Annual report of lunatic asylums [Bombay] - 1912-1922
Year: 1912
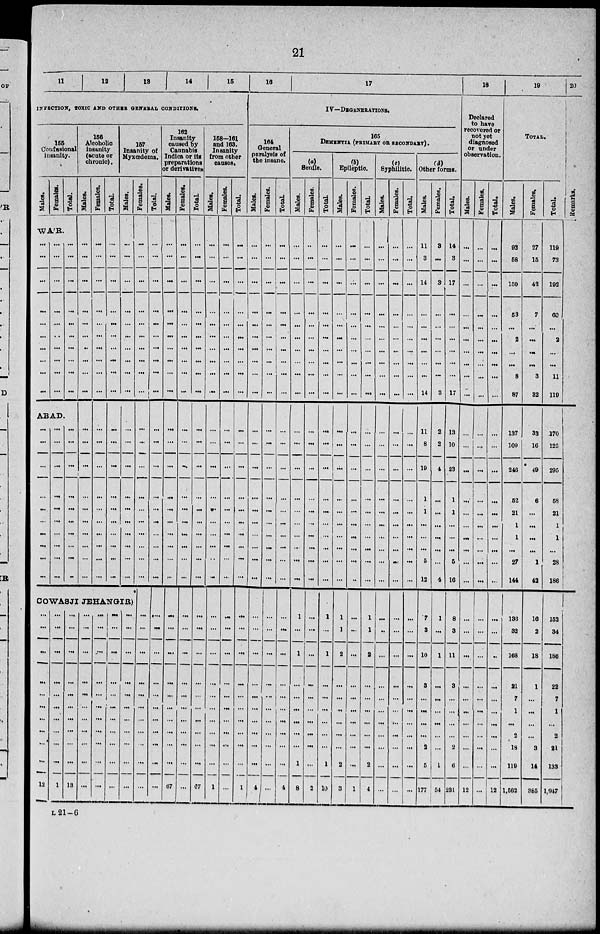
21
11
12
13
14
15
INFECTION, TOXIC AND OTHER GENERAL CONDITIONS.
155
Confusional
insanity.
Males.
Females.
Total.
WA'R.
...
...
...
...
...
...
...
...
...
...
...
...
...
...
...
...
...
...
...
...
...
...
...
...
...
...
...
...
...
...
ABAD.
...
...
...
...
...
...
...
...
...
...
...
...
...
...
...
...
...
...
...
...
...
...
...
...
...
...
...
...
...
...
156
Alcoholic
insanity
(acute or
chronic).
Males.
..
...
...
...
...
...
...
...
...
...
...
...
...
...
...
...
...
...
...
...
Females.
...
...
...
...
...
...
...
...
...
...
...
...
...
...
...
...
...
...
...
...
Total.
...
...
...
...
...
...
...
...
...
...
...
...
...
...
...
...
...
...
...
...
157
Insanity of
Myxœdema.
Males.
...
..
...
...
...
...
...
...
...
...
...
...
...
...
...
...
...
...
...
...
COWASJI JEHANGIR)
...
...
...
...
...
...
...
...
...
...
12
...
...
...
...
...
...
...
...
...
...
1
...
...
...
...
...
...
...
...
...
...
13
...
...
...
...
..
...
...
...
...
...
...
...
...
...
...
...
...
...
...
...
...
...
...
...
...
...
...
...
...
...
...
...
...
...
...
...
...
...
...
...
...
...
...
...
Females.
...
...
...
...
...
...
...
...
...
...
...
...
...
...
...
...
...
...
...
...
...
...
...
...
...
...
...
...
...
...
...
Tolal.
...
...
...
...
...
...
...
...
...
...
...
...
...
...
...
...
...
...
...
...
...
...
...
...
...
...
...
...
...
...
...
162
Insanity
caused by
Cannabis
Indica or its
preparations
or derivatives.
Males.
...
...
...
...
...
...
...
...
...
...
...
...
...
...
...
...
...
...
...
...
...
...
...
...
...
...
...
...
...
...
67
Females.
...
...
...
...
...
...
...
...
...
...
...
...
...
...
...
...
...
...
...
...
...
...
...
...
...
...
...
...
...
...
...
Total.
...
...
...
...
...
...
...
...
...
...
...
...
...
...
...
...
...
...
...
...
...
...
...
...
...
...
...
...
...
...
67
158-161
and 163.
Insanity
from other
causes.
Males.
...
...
...
...
...
...
...
...
...
...
...
...
...
...
...
...
...
..
...
...
...
...
...
...
...
...
...
...
...
...
1
Females.
...
...
...
...
...
...
...
...
...
...
...
...
...
...
...
...
...
...
...
...
...
...
...
...
..
...
...
...
...
...
...
Total.
...
...
...
...
...
...
...
...
...
...
...
...
...
...
...
...
...
...
...
...
...
...
...
...
...
...
...
...
...
...
1
16
17
IV—DEGENERATIONS.
164
General
paralysis of
the insane.
Males.
...
...
...
...
...
...
...
...
...
...
...
...
...
...
...
...
...
...
...
...
...
...
...
...
...
...
...
...
...
...
4
Females.
...
...
...
...
...
...
...
...
...
...
...
...
...
...
...
...
...
...
...
...
...
...
...
...
...
...
...
...
...
...
...
Total.
...
...
...
...
...
...
...
...
...
...
...
...
...
...
...
...
...
...
...
...
...
...
...
...
...
...
...
...
...
...
4
165
DEMENTIA (PRIMARY OR SECONDARY).
(a)
Senile.
Males.
...
...
...
...
...
...
...
...
...
...
...
...
...
...
...
...
...
...
...
...
1
...
1
...
...
...
...
...
...
1
8
Females.
...
...
...
...
...
...
...
...
...
...
...
...
...
...
...
...
...
...
...
...
...
...
...
...
...
...
...
...
...
...
2
Total.
...
...
...
...
...
...
...
...
...
...
...
...
...
...
...
...
...
...
...
...
1
...
1
...
...
...
...
...
...
1
10
(b)
Epileptic.
Males.
...
...
...
...
...
...
...
...
...
...
...
...
...
...
...
...
...
...
...
...
1
1
2
...
...
...
...
...
...
2
3
Females.
...
...
...
...
...
...
...
...
...
...
...
...
...
...
...
...
...
...
...
...
...
..
...
...
...
...
...
...
...
...
1
Total.
...
...
...
...
...
...
...
...
...
...
...
...
...
...
...
...
...
...
...
...
1
1
2
...
...
...
...
...
...
2
4
(c)
Syphilitic.
Males.
...
...
...
...
...
...
...
...
...
...
...
...
...
...
...
...
...
...
...
...
...
...
...
...
...
...
...
...
...
...
...
Females.
...
...
...
...
...
...
...
...
...
...
..
...
...
...
...
...
...
...
...
...
...
...
...
...
...
...
...
...
...
...
...
Total.
...
...
...
...
...
...
...
...
...
...
...
...
...
...
...
...
...
...
...
...
...
...
...
...
...
...
...
...
...
...
...
(d)
Other forms.
Males.
11
3
14
...
...
...
...
...
...
14
11
8
19
1
1
...
...
...
5
12
7
3
10
3
...
...
...
...
2
5
177
Females.
3
...
3
...
...
...
...
...
...
3
2
2
4
...
...
...
...
...
...
4
1
...
1
...
...
...
...
...
...
1
54
Total.
14
3
17
...
...
...
...
...
...
17
13
10
23
1
1
...
...
...
5
16
8
3
11
3
...
...
...
...
2
6
231
18
Declared
to have
recovered or
not yet
diagnosed
or under
observation.
Males.
...
...
...
...
...
...
...
...
...
...
...
...
...
...
...
...
...
...
...
...
...
...
...
...
...
...
...
...
...
...
12
Females.
...
...
...
...
...
...
...
...
...
...
...
...
...
...
..
...
...
...
...
...
...
...
...
...
...
...
...
...
...
...
...
Total.
...
..
...
...
...
...
...
...
...
...
...
...
...
...
...
...
...
...
...
...
...
...
...
...
...
...
...
...
...
12
19
TOTAL.
Males.
92
58
150
53
...
2
...
...
8
87
137
109
246
52
21
1
1
...
27
144
136
32
168
21
7
1
...
2
18
119
1,562
Females.
27
15
42
7
...
...
...
...
3
32
33
16
49
6
...
...
...
...
1
42
16
2
18
1
...
...
...
...
3
14
385
Total.
119
73
192
60
...
2
...
...
11
119
170
125
295
58
21
1
1
...
28
186
152
34
186
22
7
1
...
2
21
133
1,947
20
Remarks.
L 21—6